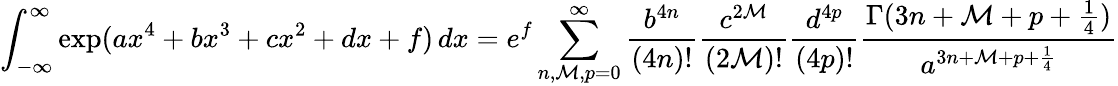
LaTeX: \int_{-\infty}^{\infty}\exp({ax^{4}+bx^{3}+cx^{2}+dx+f})\, dx=e^{f}\sum_{n,\mathcal{M},p=0}^{\infty}{\frac{{b^{4n}}}{{(4n)!}}}{\frac{{c^{2\mathcal{M}}}}{{(2\mathcal{M})!}}}{\frac{{d^{4p}}}{{(4p)!}}}{\frac{{\Gamma(3n+\mathcal{M}+p+{\frac{{1}}{{4}}})}}{{a^{3n+\mathcal{M}+p+{\frac{{1}}{{4}}}}}}}